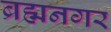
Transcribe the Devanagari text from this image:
ब्रह्मनगर